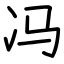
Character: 冯